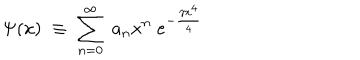
\Psi ( x ) \; \equiv \; \sum _ { n = 0 } ^ { \infty } \; a _ { n } x ^ { n } \; e ^ { - \frac { \gamma x ^ { 4 } } 4 }